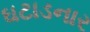
ઘટાડનાર